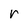
Character: r